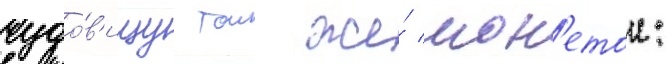
чудо́в'ищу тои же́ мон'етои: